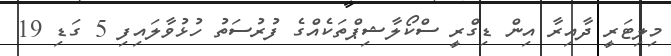
މިލިޓަރީ ދާއިރާ އިން ޑިގްރީ ސްކޯލާޝިޕްތަކެއްގެ ފުރުސަތު ހުޅުވާލައިފި 5 ގަޑި 19